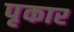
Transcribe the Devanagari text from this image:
पृकार